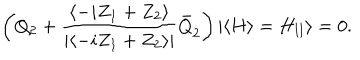
LaTeX: \left( Q _ { 2 } + \frac { \langle - i Z _ { 1 } + Z _ { 2 } \rangle } { | \langle - i Z _ { 1 } + Z _ { 2 } \rangle | } \bar { Q } _ { \dot { 2 } } \right) | \langle H \rangle = H _ { \mathrm { I I } } \rangle = 0 .